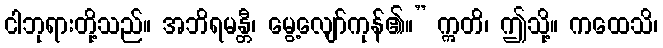
ငါဘုရားတို့သည်။ အဘိရမန္တီ၊ မွေ့လျော်ကုန်၏။” ဣတိ၊ ဤသို့။ ကထေသိ၊